Vaccination in Bombay 1902-1912 - 1902-1912
Year: 1902
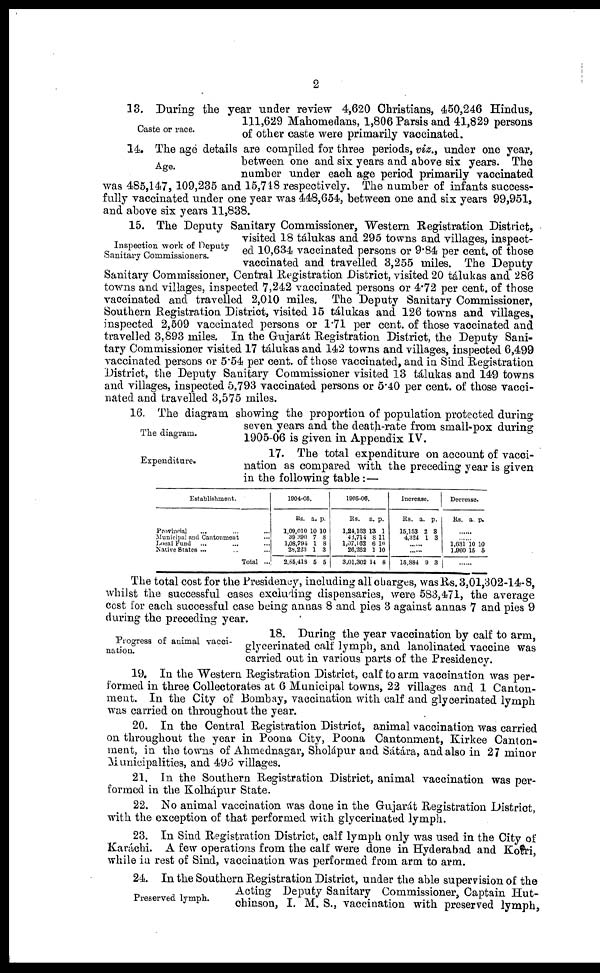
2
Caste or race.
13. During the year under review 4,620 Christians, 450,246 Hindus,
111,629 Mahomedans, 1,806 Parsis and 41,829 persons
of other caste were primarily vaccinated.
Age.
14. The age details are compiled for three periods, viz., under one year,
between one and six years and above six years. The
number under each age period primarily vaccinated
was 485,147, 109,235 and 15,748 respectively. The number of infants success-
fully vaccinated under one year was 448,654, between one and six years 99,951,
and above six years 11,838.
Inspection work of Deputy
Sanitary Commissioners.
15. The Deputy Sanitary Commissioner, Western Registration District,
visited 18 tálukas and 295 towns and villages, inspect-
ed 10,634 vaccinated persons or 9.84 per cent. of those
vaccinated and travelled 3,255 miles. The Deputy
Sanitary Commissioner, Central Registration District, visited 20 tálukas and 286
towns and villages, inspected 7,242 vaccinated persons or 4.72 per cent. of those
vaccinated and travelled 2,010 miles. The Deputy Sanitary Commissioner,
Southern Registration District, visited 15 tálukas and 126 towns and villages,
inspected 2,509 vaccinated persons or 1.71 per cent. of those vaccinated and
travelled 3,893 miles. In the Gujarát Registration District, the Deputy Sani-
tary Commissioner visited 17 tálukas and 142 towns and villages, inspected 6,499
vaccinated persons or 5.54 per cent. of those vaccinated, and in Sind Registration
District, the Deputy Sanitary Commissioner visited 13 tálukas and 149 towns
and villages, inspected 5,793 vaccinated persons or 5.40 per cent. of those vacci-
nated and travelled 3,575 miles.
The diagram.
16. The diagram showing the proportion of population protected during
seven years and the death-rate from small-pox during
1905-06 is given in Appendix IV.
Expenditure.
17. The total expenditure on account of vacci-
nation as compared with the preceding year is given
in the following table : —
Establishment.
Provincial ... ... ...
Municipal and Cantonment ...
Local Fund ... ... ...
Native States ... ... ...
Total ...
1904-05.
Rs.
1,09,010
39 390
1,08,794
28,223
2,85,418
a.
10
7
1
1
5
p.
10
8
8
3
5
1905-06.
Rs.
1,24,163
43,714
1,07,162
26,262
3,01,302
a.
13
8
6
1
14
p.
1
11
10
10
8
Increase.
Rs.
15,153
4,324
a.
2
1
p.
3
3
......
......
15,884 9 3
Decrease.
Rs. a. p.
......
...... 1,631
1,960
10
15
10
5
... ...
The total cost for the Presidency, including all charges, was Rs. 3,01,302-14-8,
whilst the successful cases excluding dispensaries, were 583,471, the average
cost for each successful case being annas 8 and pies 3 against annas 7 and pies 9
during the preceding year.
Progress of animal vacci-
nation.
18. During the year vaccination by calf to arm,
glycerinated calf lymph, and lanolinated vaccine was
carried out in various parts of the Presidency.
19. In the Western Registration District, calf to arm vaccination was per-
formed in three Collectorates at 6 Municipal towns, 22 villages and 1 Canton-
ment. In the City of Bombay, vaccination with calf and glycerinated lymph
was carried on throughout the year.
20. In the Central Registration District, animal vaccination was carried
on throughout the year in Poona City, Poona Cantonment, Kirkee Canton-
ment, in the towns of Ahmednagar, Sholápur and Sátára, and also in 27 minor
Municipalities, and 496 villages.
21. In the Southern Registration District, animal vaccination was per-
formed in the Kolhápur State.
22. No animal vaccination was done in the Gujarát Registration District,
with the exception of that performed with glycerinated lymph.
23. In Sind Registration District, calf lymph only was used in the City of
Karáchi. A few operations from the calf were done in Hyderabad and Kotri,
while in rest of Sind, vaccination was performed from arm to arm.
Preserved lymph.
24. In the Southern Registration District, under the able supervision of the
Acting Deputy Sanitary Commissioner, Captain Hut¬
chinson, I. M. S., vaccination with preserved lymph,